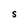
Character: S